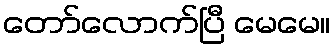
တော်လောက်ပြီ မေမေ။